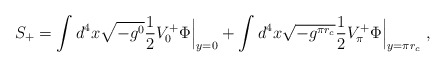
\begin{align*}S_{+}= \int d^{4}x\sqrt{-g^{0}}\frac{1}{2}V_{0}^{+}\Phi\Bigr|_{y=0}+\int d^{4}x\sqrt{-g^{\pi r_{c}}}\frac{1}{2}V_{\pi}^{+}\Phi\Bigr|_{y=\pi r_{c}}\ ,\end{align*}